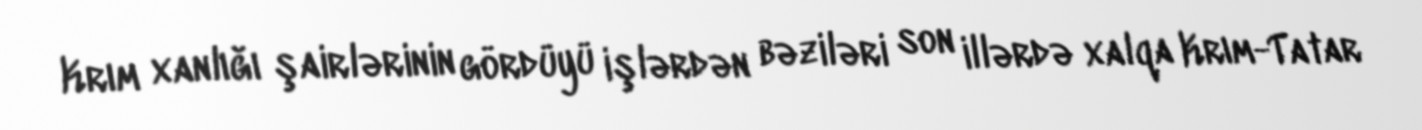
Krım xanlığı şairlərinin gördüyü işlərdən bəziləri son illərdə xalqa Krım-Tatar